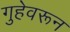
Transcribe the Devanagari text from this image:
गुहेवरून